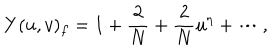
Y ( u , v ) _ { f } = 1 + \frac { 2 } { N } + \frac { 2 } { N } u ^ { \eta } + \cdots ,